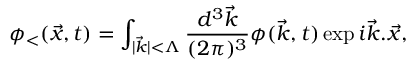
\phi _ { < } ( \vec { x } , t ) = \int _ { \vert \vec { k } \vert < \Lambda } { \frac { d ^ { 3 } \vec { k } } { ( 2 \pi ) ^ { 3 } } } \phi ( \vec { k } , t ) \exp { i \vec { k } . \vec { x } } ,